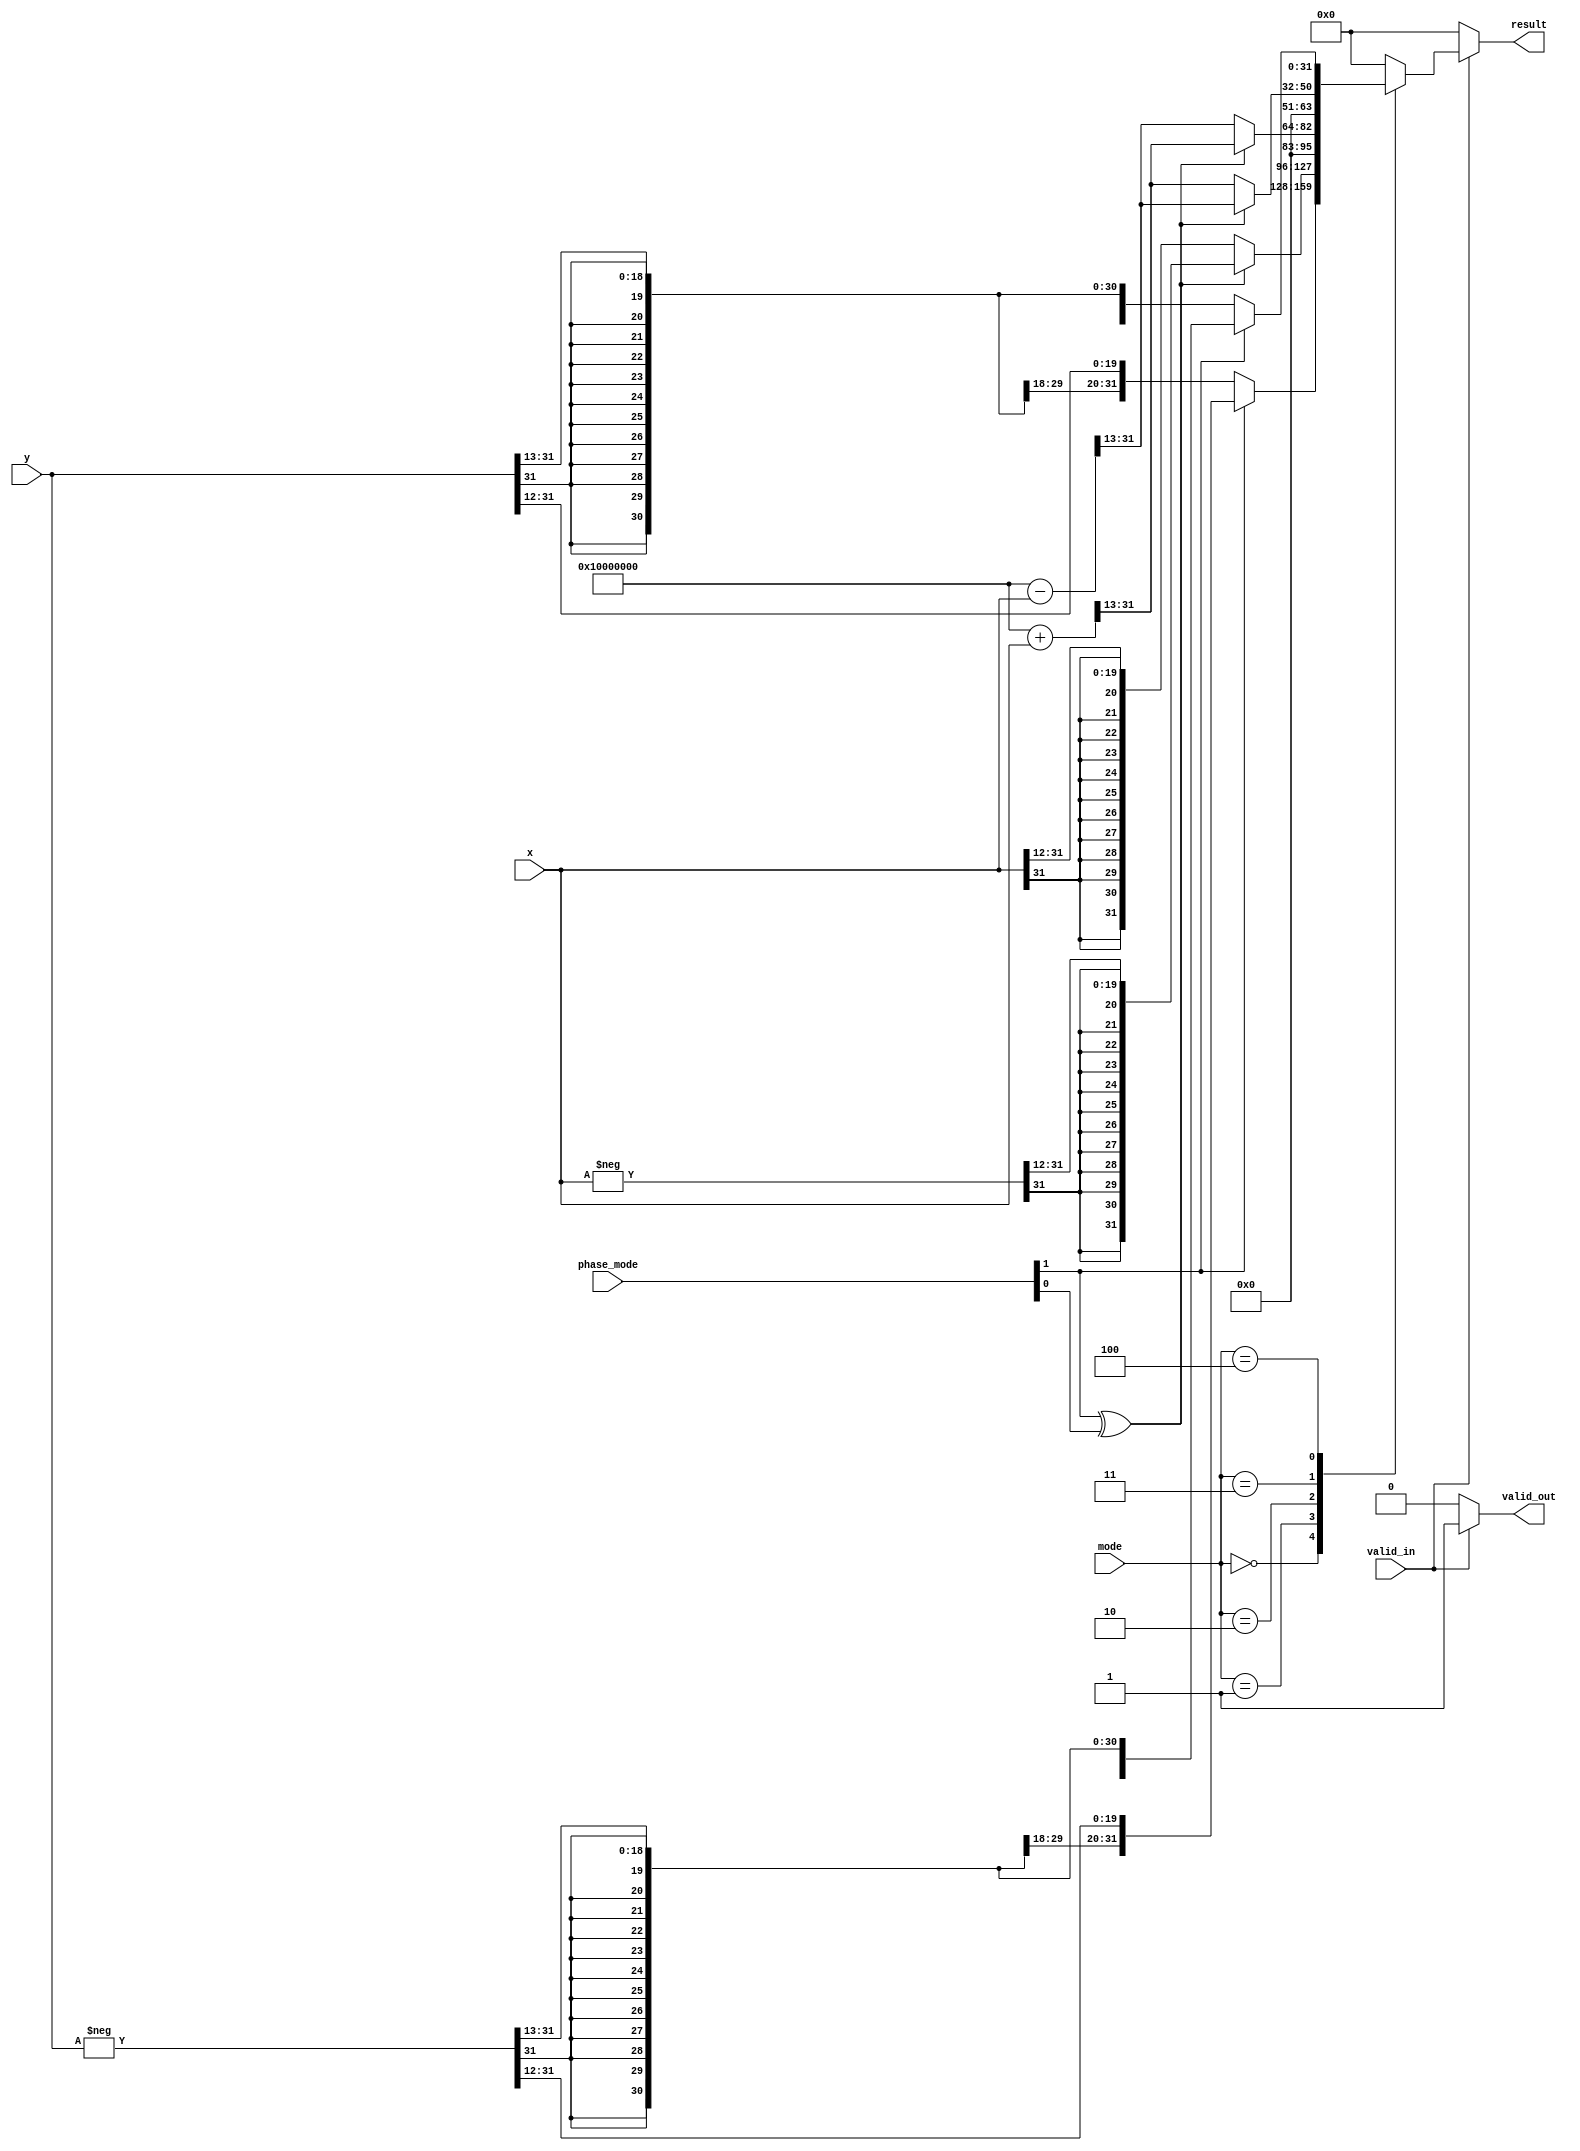
module controller
#(
    parameter IO_BW=32
)
(
    input signed [IO_BW-1:0] x,
    input signed [IO_BW-1:0] y,
    input [2:0] mode,
    input [1:0] phase_mode,
    input valid_in,
    output reg signed [IO_BW-1:0] result,
    output reg valid_out
);

localparam SIN = 3'd0, COS = 3'd1, SIN2 = 3'd2, COS2 = 3'd3, SINCOS = 3'd4;

always@(*) begin
    // set K = 0.6072529351031394 >> 16
    // K = 32'h9B74;
    valid_out = 0;
    result = 0;
    if(valid_in) begin
        case(mode)
            SIN  : begin
		if(phase_mode[1]) result = -y >>>12;
		else result = y>>>12;
	    end
            COS  : begin
		if(phase_mode[1]^phase_mode[0]) result = -x >>>12;
		else result = x >>>12;
	    end
            SIN2 : begin 
		if(phase_mode[1]^phase_mode[0]) result = (32'h10000000 + x)>>>13;
		else result = (32'h10000000 - x)>>>13; 
	    end
            COS2 : begin 
		if(phase_mode[1]^phase_mode[0]) result = (32'h10000000 - x) >>>13;
		else result = (32'h10000000 + x)>>>13; 
	    end
            SINCOS:begin
		if(phase_mode[1]) result = -y>>>13;
		else result = y>>>13;
	    end
	    default: begin result = 0; end
        endcase
        valid_out = 1;
    end
end

endmodule
// SIN
//		case(phase_mode)
//		    2 : begin result_tmp = -y >>12; end
//		    3 : begin result_tmp = -y >>12; end
//		    default : begin result_tmp = y>>12;end
//		endcase
// COS
//		case(phase_mode)
//		    1 : begin result_tmp = -x >>12; end
//		    2 : begin result_tmp = -x >>12; end
//		    default : begin result_tmp = x>>12;end
//		endcase
// SINCOS
//		case(phase_mode)
//		    1 : begin result_tmp = -(x * y)>>40; end
//		    3 : begin result_tmp = -(x * y)>>40; end
//		    default : begin result_tmp = (x * y)>>40;end
//		endcase